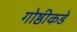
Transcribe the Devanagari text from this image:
गोष्ठीकडे